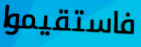
فاستقيموا